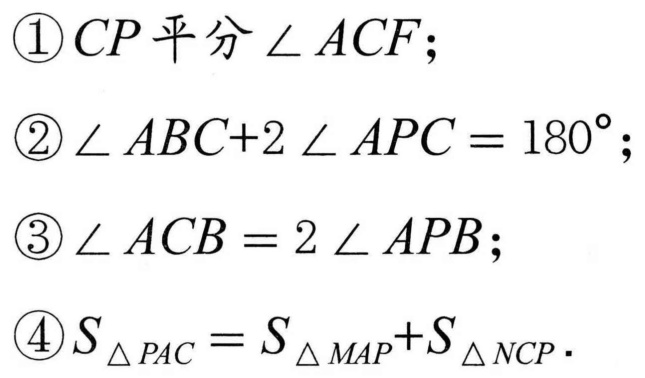
\begin{enumerate}
\item \(CP\)平分\(\angle ACF\)；
\item \(\angle ABC + 2\angle APC=180^{\circ}\)；
\item \(\angle ACB = 2\angle APB\)；
\item \(S_{\triangle PAC}=S_{\triangle MAP}+S_{\triangle NCP}\)．
\end{enumerate}